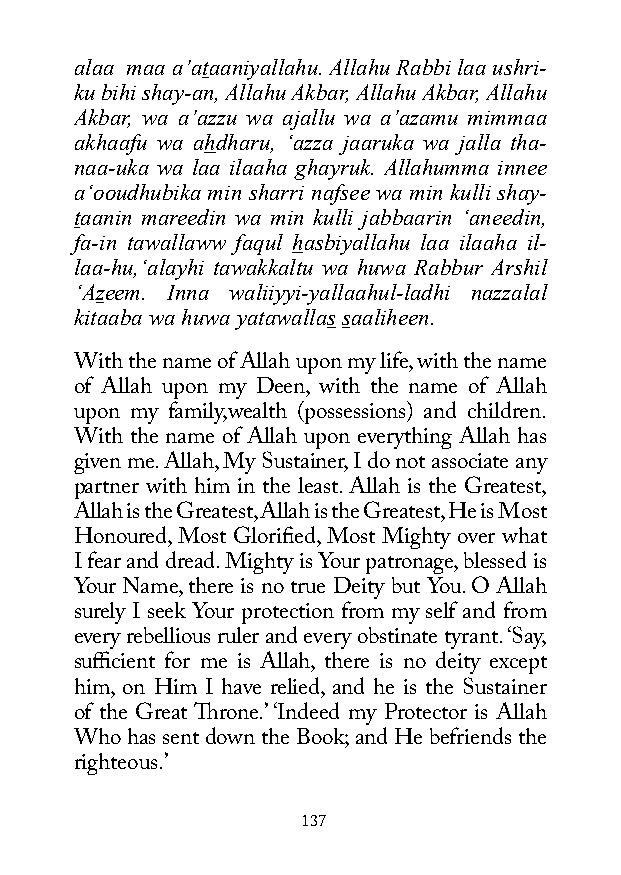
alaa maa a’ataaniyallahu. Allahu Rabbi laa ushri-
 ku bihi shay-an, Allahu Akbar, Allahu Akbar, Allahu
 Akbar, wa a’azzu wa ajallu wa a’azamu mimmaa
 akhaafu wa ahdharu, ‘azza jaaruka wa jalla tha-
 naa-uka wa laa ilaaha ghayruk. Allahumma innee
 a‘ooudhubika min sharri nafsee wa min kulli shay-
 taanin mareedin wa min kulli jabbaarin ‘aneedin,
 fa-in tawallaww faqul hasbiyallahu laa ilaaha il-
 laa-hu,‘alayhi tawakkaltu wa huwa Rabbur Arshil
 ‘Azeem. Inna waliiyyi-yallaahul-ladhi nazzalal
 kitaaba wa huwa yatawallas saaliheen.
 With the name of Allah upon my life, with the name
 of Allah upon my Deen, with the name of Allah
 upon my family,wealth (possessions) and children.
 With the name of Allah upon everything Allah has
 given me. Allah, My Sustainer, I do not associate any
 partner with him in the least. Allah is the Greatest,
 Allah is the Greatest, Allah is the Greatest, He is Most
 Honoured, Most Glorified, Most Mighty over what
 I fear and dread. Mighty is Your patronage, blessed is
 Your Name, there is no true Deity but You. O Allah
 surely I seek Your protection from my self and from
 every rebellious ruler and every obstinate tyrant. ‘Say,
 sufficient for me is Allah, there is no deity except
 him, on Him I have relied, and he is the Sustainer
 of the Great Throne.’ ‘Indeed my Protector is Allah
 Who has sent down the Book; and He befriends the
 righteous.’
 137